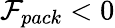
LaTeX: \mathcal{F}_{pack}<0